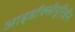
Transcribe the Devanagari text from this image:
आइडॉक्सीयूरिडीन